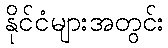
နိုင်ငံများအတွင်း